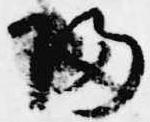
帰